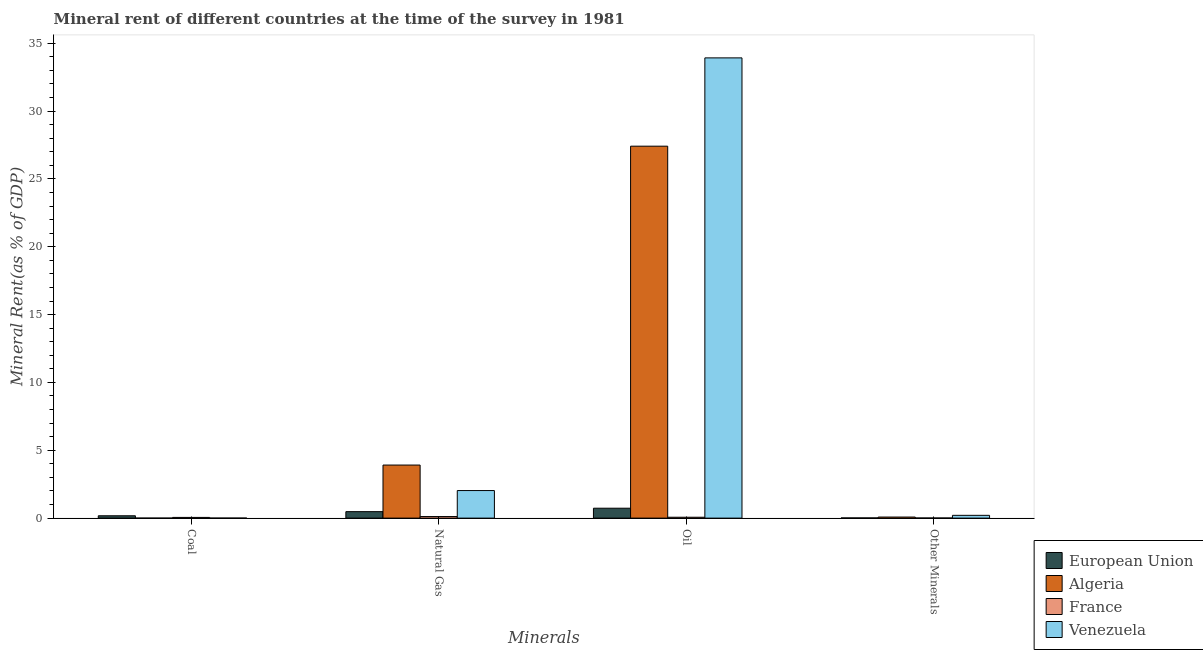
| Minerals | European Union | Algeria | France | Venezuela |
 | --- | --- | --- | --- | --- |
 | Coal | 0.173 | 0.000377 | 0.0522 | 0.00123 |
 | Natural Gas | 0.477 | 3.91 | 0.116 | 2.03 |
 | Oil | 0.73 | 27.4 | 0.0648 | 33.9 |
 | Other Minerals | 0.0142 | 0.0782 | 0.00843 | 0.205 |